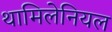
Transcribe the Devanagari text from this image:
थामिलेनियल